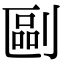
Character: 剾